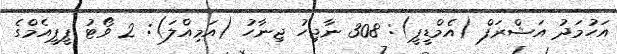
އަހުމަދު އަޝްރަފް (އެމްޑީޕީ): 308 ނާޖިހު ޖިނާހު (އަމިއްލަ): 2 ވޯޓު ޕީޕީއެމްގެ